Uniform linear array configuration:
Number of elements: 48
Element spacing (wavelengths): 1
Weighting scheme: cosine
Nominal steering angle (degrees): -60
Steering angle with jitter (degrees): -61.264
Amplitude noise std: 0.05
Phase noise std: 0.05

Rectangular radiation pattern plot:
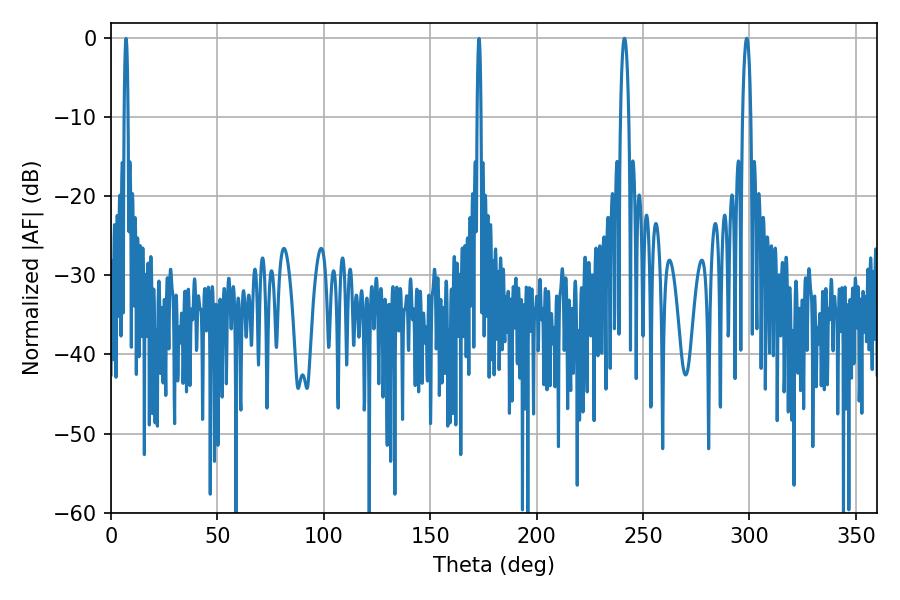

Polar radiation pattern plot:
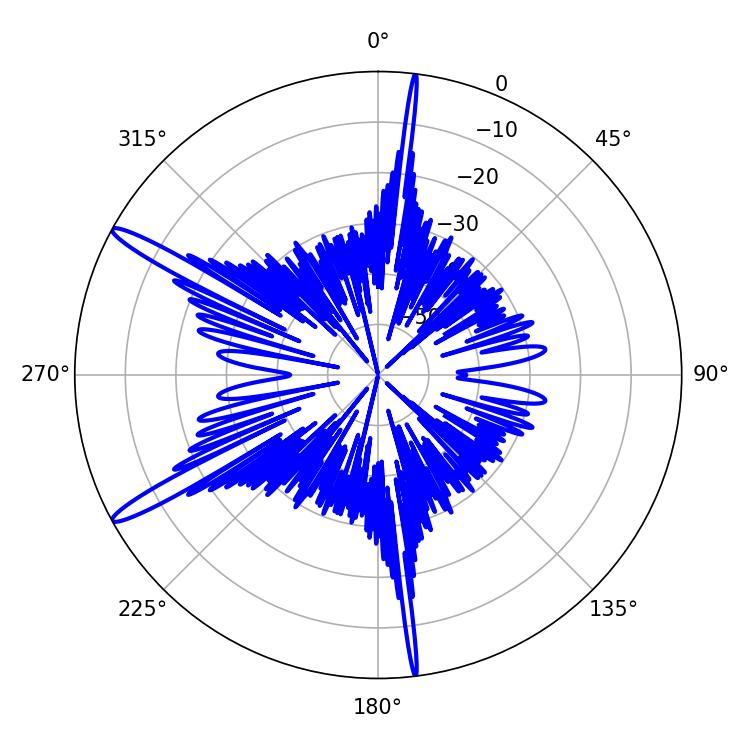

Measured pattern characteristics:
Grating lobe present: TRUE
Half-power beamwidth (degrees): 1.98
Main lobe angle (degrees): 241.2